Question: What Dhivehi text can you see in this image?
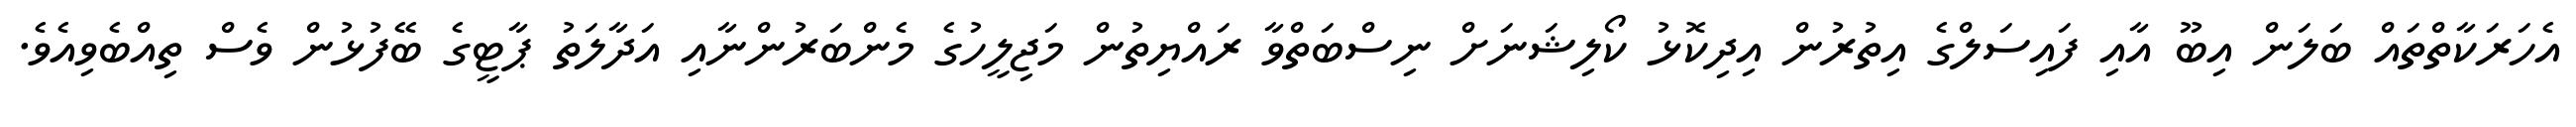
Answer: އެހަރަކާތްތައް ބަލަން އިބޫ އާއި ފައިސަލްގެ އިތުރުން އިދިކޮޅު ކޯލިޝަނަށް ނިސްބަތްވާ ރައްޔިތުން މަޖިލީހުގެ މެންބަރުންނާއި އަދާލަތު ޕާޓީގެ ބޭފުޅުން ވެސް ތިއްބެވިއެވެ.